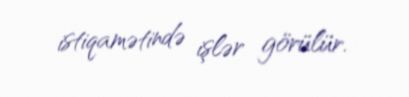
istiqamətində işlər görülür.